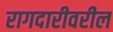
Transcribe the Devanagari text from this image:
रागदारीवरील